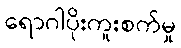
ရောဂါပိုးကူးစက်မှု